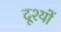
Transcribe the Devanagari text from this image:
दृ्श्यों